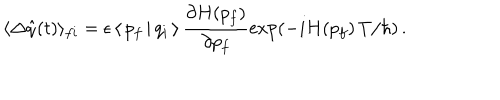
LaTeX: \langle \Delta \hat { q } ( t ) \rangle _ { f i } = \epsilon \, \langle \, p _ { f } \, | \, q _ { i } \, \rangle \, \frac { \partial H ( p _ { f } ) } { \partial p _ { f } } \exp \left( - i H ( p _ { f } ) \, T / \hbar \right) \, .